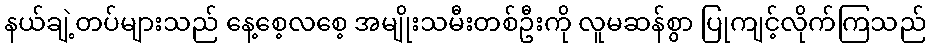
နယ်ချဲ့တပ်များသည် နေ့စေ့လစေ့ အမျိုးသမီးတစ်ဦးကို လူမဆန်စွာ ပြုကျင့်လိုက်ကြသည်